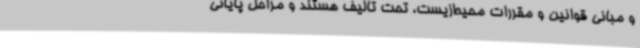
و مبانی قوانین و مقررات محیط‌زیست، تحت تألیف هستند و مراحل پایانی